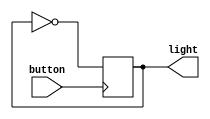
/* Generated by Yosys 0.16+6 (git sha1 e0ba32423, clang 11.0.1-2 -fPIC -Os) */

module button(button, light);
  wire _0_;
  input button;
  wire button;
  output light;
  wire light;
  reg light_reg;
  assign _0_ = ~light_reg;
  always @(posedge button)
    light_reg <= _0_;
  assign light = light_reg;
endmodule